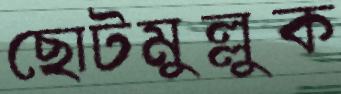
ছোটমুল্লুক